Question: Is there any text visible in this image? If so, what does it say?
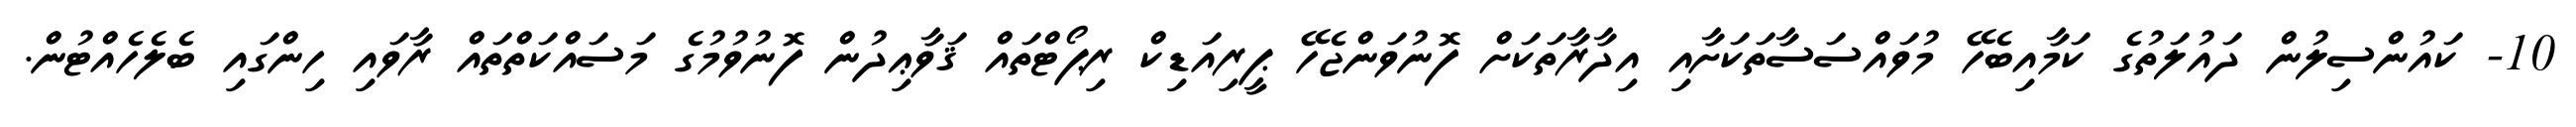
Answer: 10- ކައުންސިލުން ދައުލަތުގެ ކަމާއިބެހޭ މުވައްސަސާތަކަށާއި އިދާރާތަކަށް ފޮނުވަންޖެހޭ ޕީރިއަޑިކް ރިޕޯޓްތައް ޤަވާޢިދުން ފޮނުވުމުގެ މަސައްކަތްތައް ރާވައި ހިންގައި ބެލެހެއްޓުން.